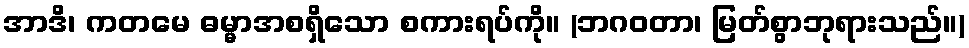
အာဒိ၊ ကတမေ ဓမ္မာအစရှိသော စကားရပ်ကို။ (ဘဂဝတာ၊ မြတ်စွာဘုရားသည်။)